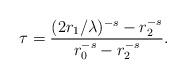
LaTeX: \begin{align*}\tau=\frac{(2r_1/\lambda)^{-s}-r_2^{-s}}{r_0^{-s}-r_2^{-s}}.\end{align*}